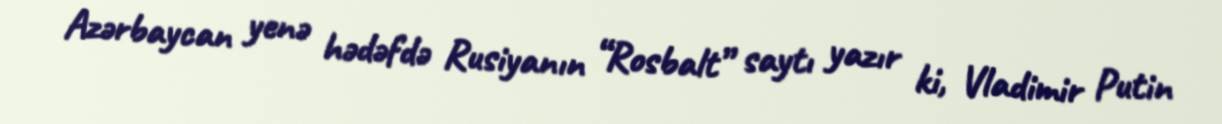
Azərbaycan yenə hədəfdə Rusiyanın “Rosbalt” saytı yazır ki, Vladimir Putin